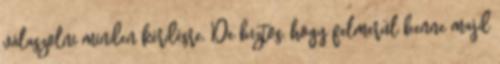
válaszolni minden kérdésre. De biztos, hogy felmerül benne majd